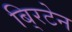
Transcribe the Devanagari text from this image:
बि्रटेन